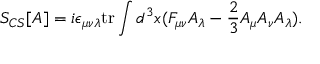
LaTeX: S _ { C S } [ A ] = i \epsilon _ { \mu \nu \lambda } \mathrm { t r } \int d ^ { 3 } x ( F _ { \mu \nu } A _ { \lambda } - \frac { 2 } { 3 } A _ { \mu } A _ { \nu } A _ { \lambda } ) .